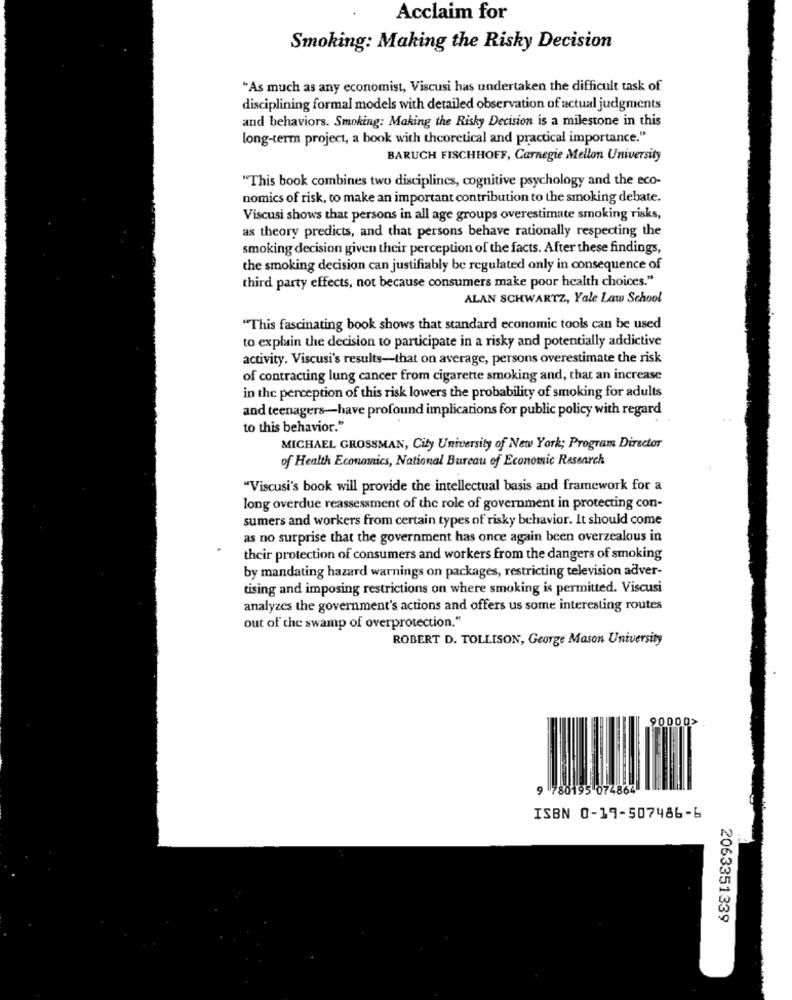
Acclaim for
Smoking: Making the Risky Decision
"As much as any economist, Viscusi has undertaken the difficult task of
disciplining formal models with detailed observation of actual judgments
and behaviors. Smoking: Making the Risky Decision is a milestone in this
long-term project, a book with theoretical and practical importance."
BARUCH FISCHHOFF, Carnegie Mellon University
"This book combines two disciplines, cognitive psychology and the eco-
nomics of risk, to make an important contribution to the smoking debate.
Viscusi shows that persons in all age groups overestimate smoking risks,
as theory predicts, and that persons behave rationally respecting the
smoking decision given their perception of the facts. After these findings,
the smoking decision can justifiably be regulated only in consequence of
third party effects, not because consumers make poor health choices."
ALAN SCHWARTZ, Yale Law School
"This fascinating book shows that standard economic tools can be used
to explain the decision to participate in a risky and potentially addictive
activity. Viscusi's results-that on average, persons overestimate the risk
of contracting lung cancer from cigarette smoking and, that an increase
in the perception of this risk lowers the probability of smoking for adults
and teenagers-have profound implications for public policy with regard
to this behavior."
MICHAEL GROSSMAN, City University of New York; Program Director
of Health Economics, National Bureau of Economic Research
"Viscusi's book will provide the intellectual basis and framework for a
long overdue reassessment of the role of government in protecting con-
sumers and workers from certain types of risky behavior. It should come
as no surprise that the government has once again been overzealous in
their protection of consumers and workers from the dangers of smoking
by mandating hazard warnings on packages, restricting television adver-
tising and imposing restrictions on where smoking is permitted. Viscusi
analyzes the government's actions and offers us some interesting routes
out of the swamp of overprotection."
ROBERT D. TOLLISON, George Mason University
90000>
9 780195 074864
ISBN 0-19-507486-6
2063351339